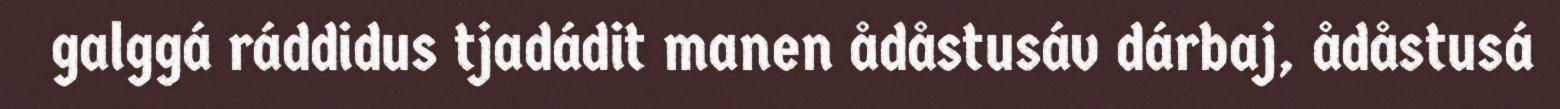
galggá ráddidus tjadádit manen ådåstusáv dárbaj, ådåstusá